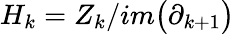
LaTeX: H_{k}=Z_{k}/im\big(\partial_{k+1}\big)